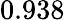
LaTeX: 0.938